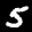
Label: 5